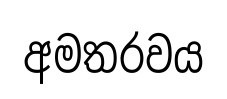
අමතරවය